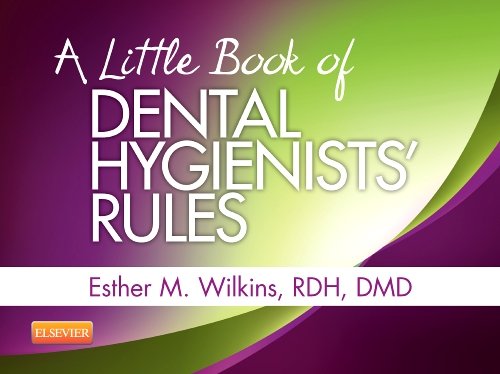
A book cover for A Little Book of Dental Hygienists' Rules - Revised Reprint, 1e; Esther M. Wilkins RDH  MD; Medical Books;